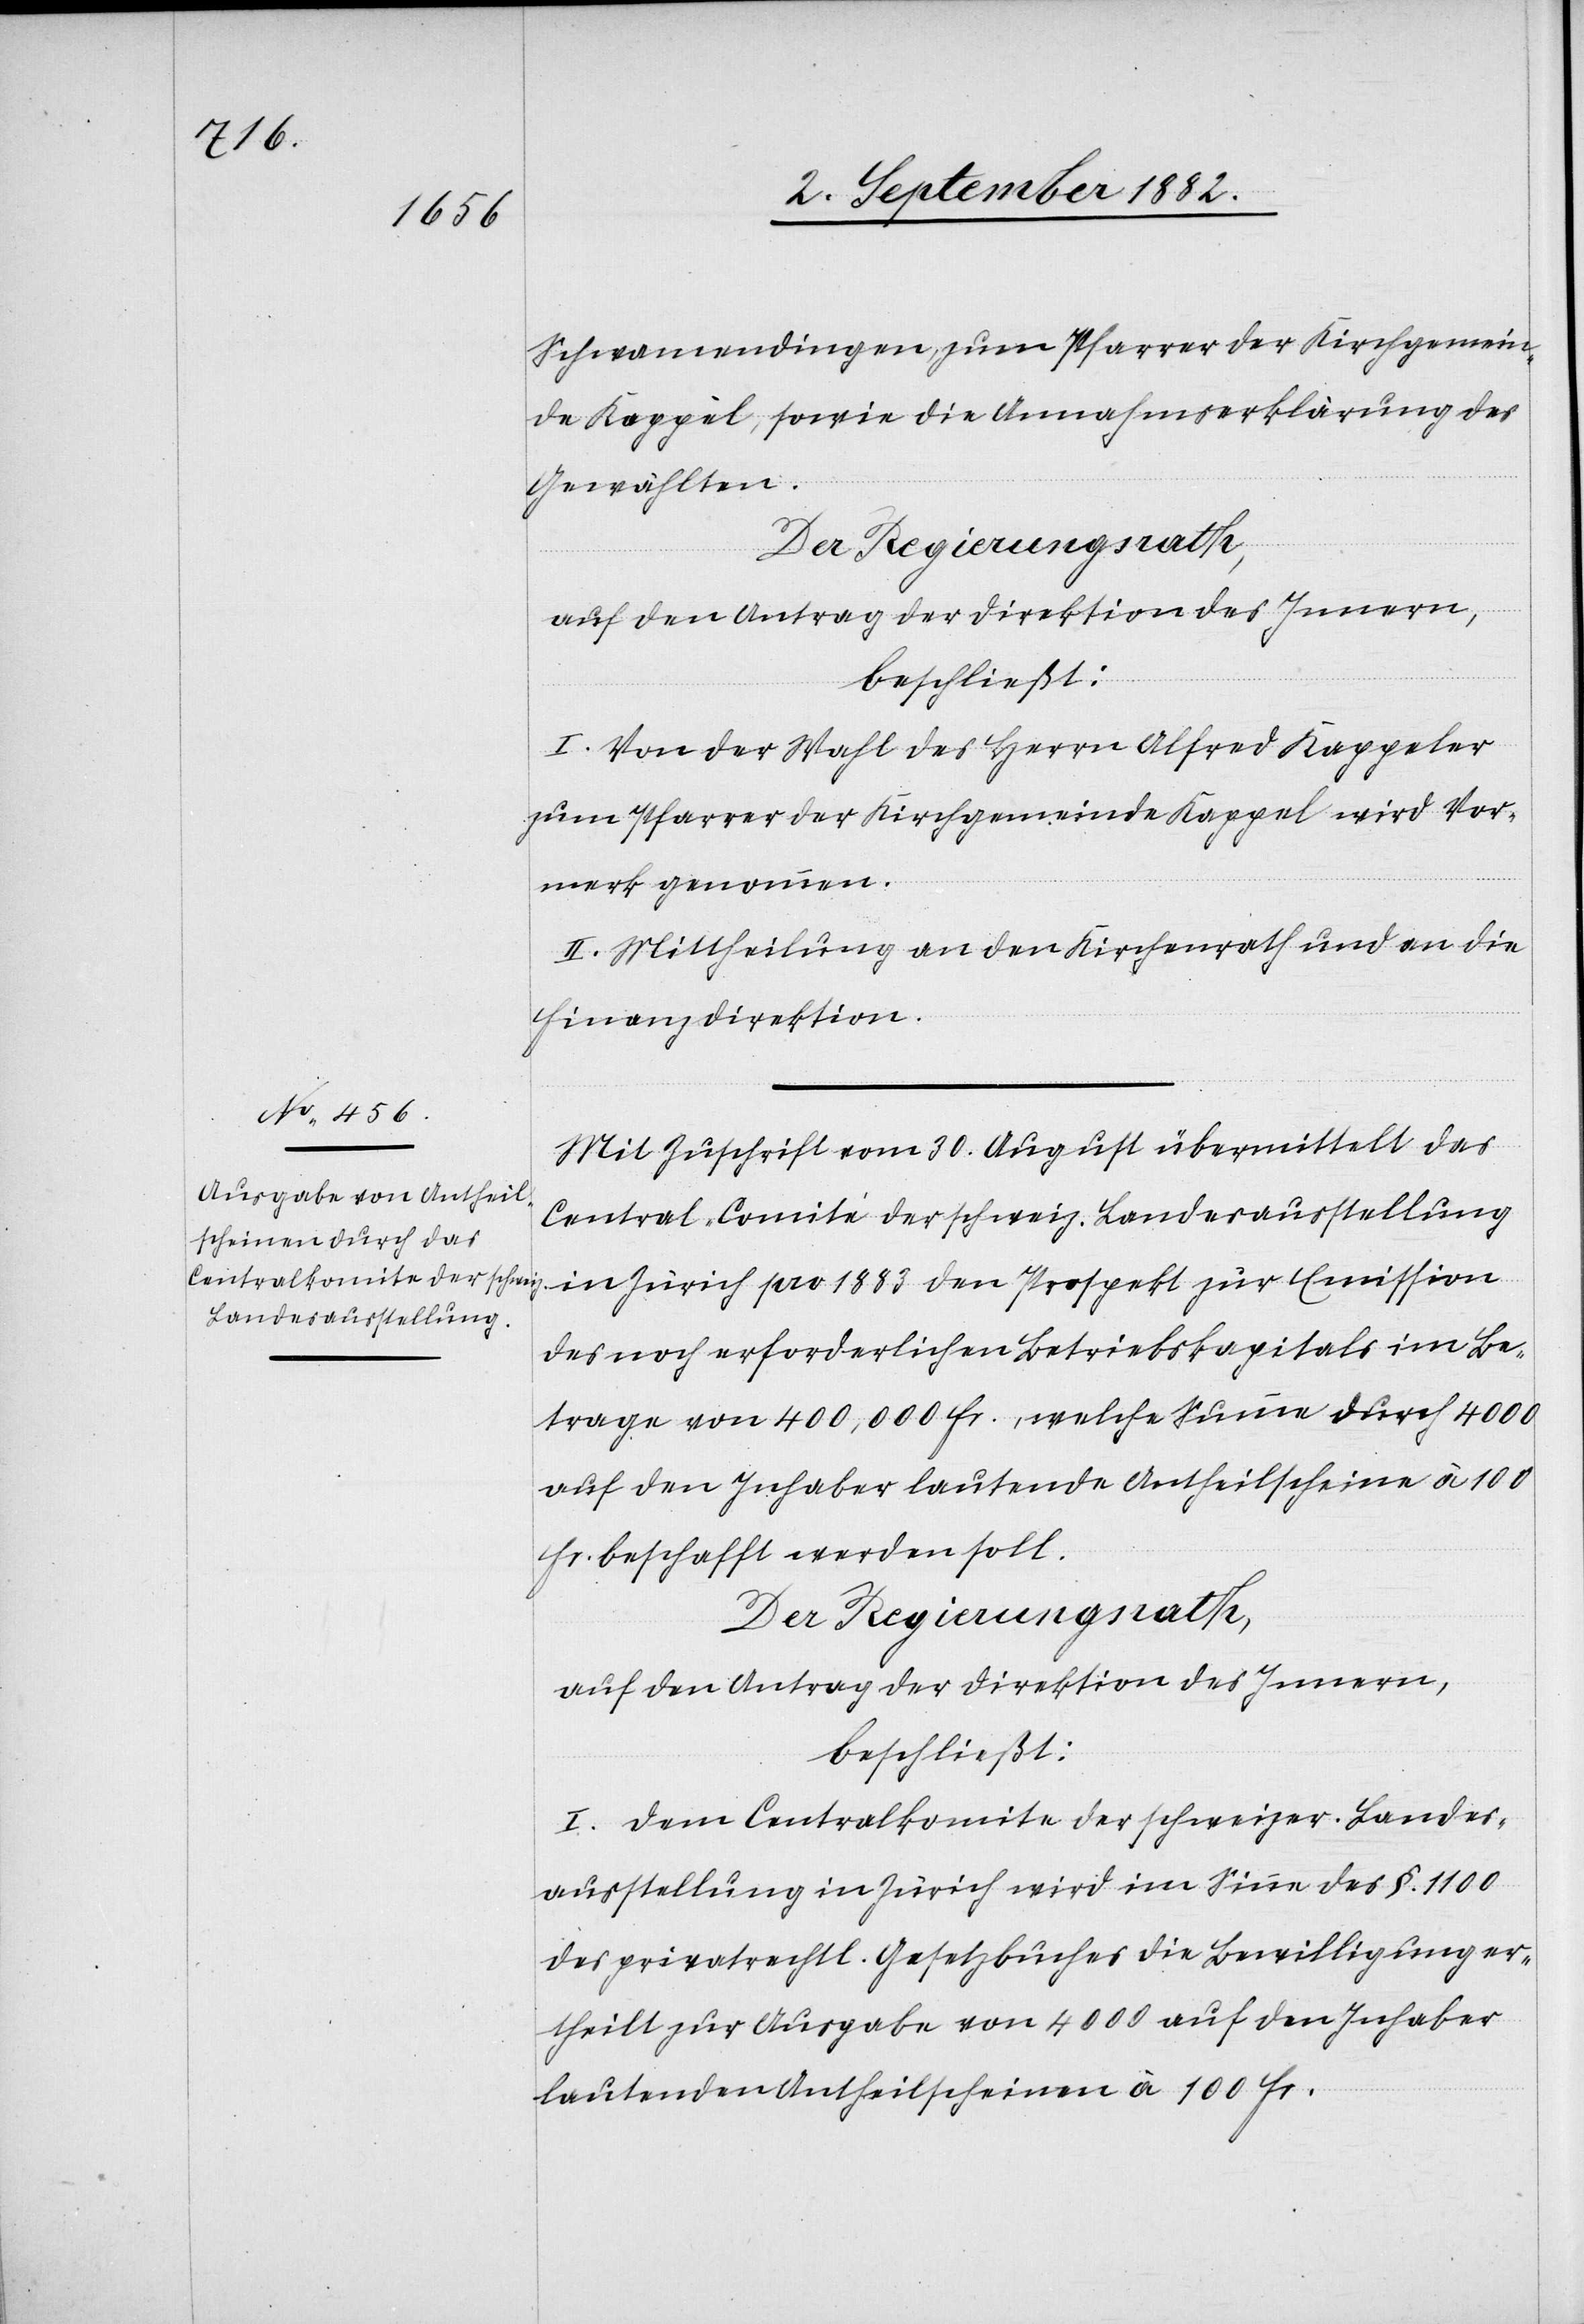
1883
Schwamendingen, zum Pfarrer der Kirchgemein¬
de Kappel, sowie die Annahmserklärung des
Gewählten.
I. Von der Wahl des Herrn Alfred Kappeler
zum Pfarrer der Kirchgemeinde Kappel wird Vor¬
merk genommen.
II. Mittheilung an den Kirchenrath und an die
Finanzdirektion.
Mit Zuschrift vom 30. August übermittelt das
Central-Comite der schweiz. Landesausstellung
des noch erforderlichen Betriebskapitals im Be¬
trage von 400,000 Fr., welche Summe durch 4000
auf den Inhaber lautende Antheilsscheine à 100
beschafft werden soll.
Der Regierungsrath,
auf den Antrag der Direktion des Innern,
beschließt:
I. Dem Centralkomite der schweizer. Landes¬
ausstellung in Zürich wird im Sinne des §. 1100
des privatrechtl. Gesetzbuches die Bewilligung er¬
theilt zur Ausgabe von 4000 auf den Inhaber
lautenden Antheilsscheinen à 100 Fr.